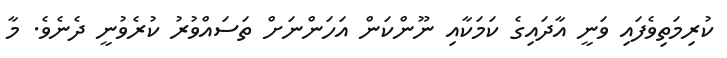
ކުރިމަތިވެފައި ވަނީ އާދައިގެ ކަމަކާއި ނޫންކަން އަހަންނަށް ތަސައްވުރު ކުރެވުނީ ދެނެވެ. މާ